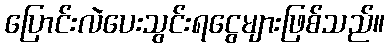
ပြောင်းလဲပေးသွင်းရငွေများဖြစ်သည်။